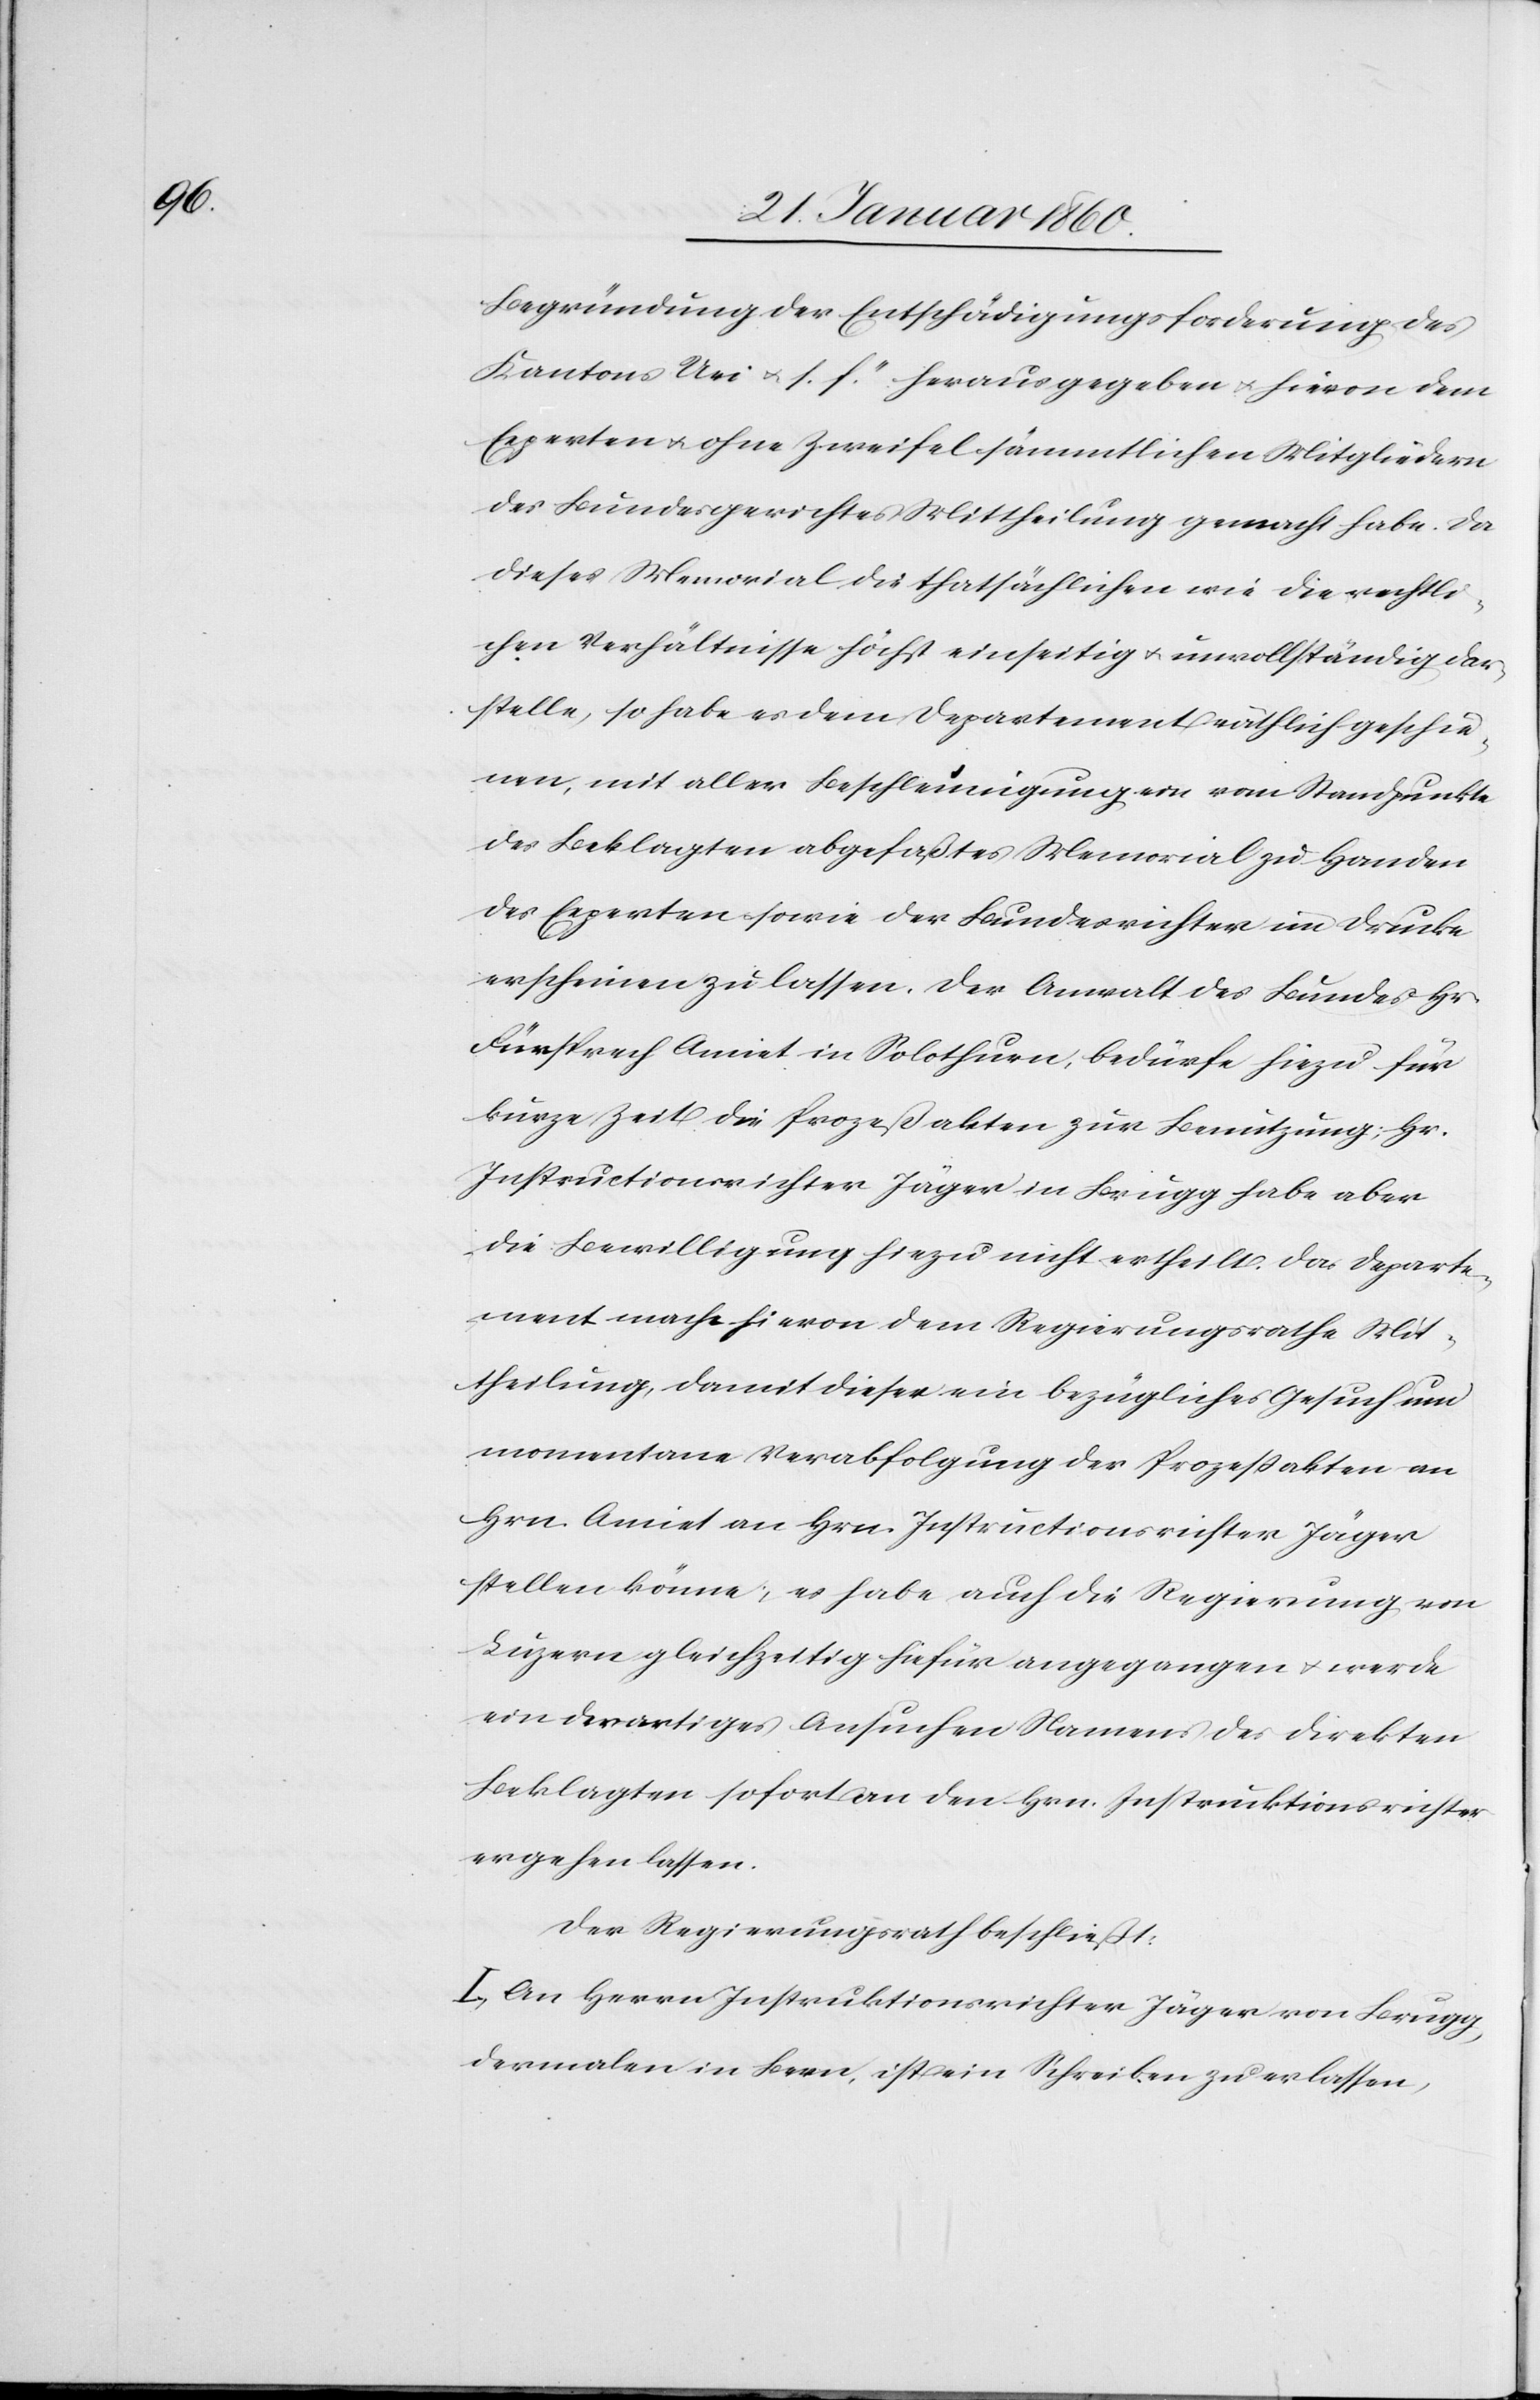
Begründung der Entschädigungsforderung des
Kantons Uri u. s. f.“ herausgegeben u. hievon dem
Experten u. ohne Zweifel sämmtlichen Mitgliedern
des Bundesgerichtes Mittheilung gemacht habe. Da
dieses Memorial die thatsächlichen wie die rechtli¬
chen Verhältnisse höchst einseitig u. unvollständig dar¬
stelle, so habe es dem Departement räthlich gescheh¬
en mit aller Beschleunigung ein vom Standpunkte
der Beklagten abgepaßtes Memorial zu Handen
der Experten sowie der Bundesrichter im Drucke
erscheinen zu lassen. Der Anwalt des Bundes Hr.
Fürsprech Amiet in Solothurn, bedürfe hiezu für
kurze Zeit die Prozeßakten zur Benutzung; Hr.
Instructionsrichter Jäger in Brugg habe aber
die Bewilligung hiezu nicht ertheilt. Das Departe¬
ment mache hievon dem Regierungsrathe Mit¬
theilung, damit dieser ein bezügliches Gesuch um
momentane Verabfolgung der Prozeßakten an
Hrn. Amiet an Hrn. Instructionsrichter Jäger
stellen könne; es habe auch die Regierung von
Luzern gleichzeitig hiefür angegangen u. werde
ein derartiges Ansuchen Namens der direkten
Beklagten sofort an den Hrn. Instruktionsrichter
ergehen lassen.
Der Regierungsrath beschließt:
I. An Herrn Instruktionsrichter Jäger von Brugg,
dermalen in Bern, ist ein Schreiben zu erlassen,